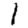
Digit: 1